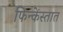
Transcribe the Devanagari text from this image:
फिन्केंस्तात